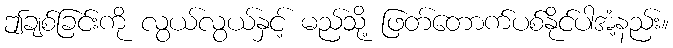
ဤချစ်ခြင်းကို လွယ်လွယ်နှင့် မည်သို့ ဖြတ်တောက်ပစ်နိုင်ပါအံ့နည်း။